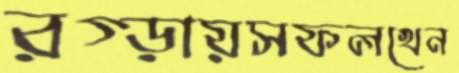
রগ্‌ড়ায়সফলখেন